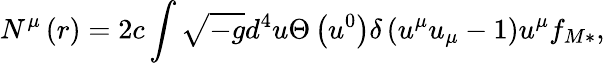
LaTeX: N^{\mu}\left(r\right)=2c\int\sqrt{-g}d^{4}u\Theta\left(u^{0}\right)\delta\left(u^{\mu}u_{\mu}-1\right)u^{\mu}f_{M\ast},